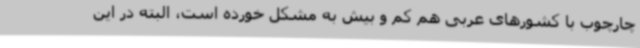
چارچوب با کشورهای عربی هم کم و بیش به مشکل خورده است، البته در این